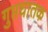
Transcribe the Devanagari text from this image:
गुप्तघातक